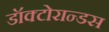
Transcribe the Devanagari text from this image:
डॉक्टोरान्डस